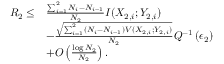
\begin{array} { r l } { R _ { 2 } \leq } & { \frac { \sum _ { i = 1 } ^ { 2 } N _ { i } - N _ { i - 1 } } { N _ { 2 } } I ( X _ { 2 , i } ; Y _ { 2 , i } ) } \\ & { - \frac { \sqrt { \sum _ { i = 1 } ^ { 2 } ( N _ { i } - N _ { i - 1 } ) V ( X _ { 2 , i } ; Y _ { 2 , i } ) } } { N _ { 2 } } Q ^ { - 1 } \left( \epsilon _ { 2 } \right) } \\ & { + O \left( \frac { \log N _ { 2 } } { N _ { 2 } } \right) . } \end{array}